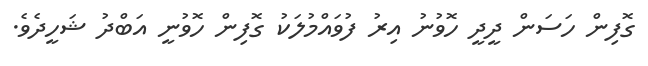
ގޮފިން ހަސަން ދީދީ ހޮވުނު އިރު ފުވައްމުލަކު ގޮފިން ހޮވުނީ އަބްދު ޝަހީދެވެ.